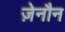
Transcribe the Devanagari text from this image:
ज़ेनौन